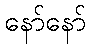
နော်နော်